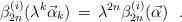
LaTeX: \begin{align*}\beta_{2n}^{(i)} ( \lambda^{k} {\vec \alpha}_{k} )\, = \, \lambda^{2n} \beta_{2n}^{(i)} ({\vec \alpha}) \,\,\,\,.\end{align*}